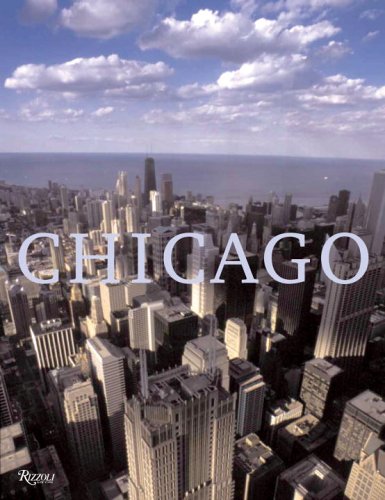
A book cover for Chicago; Travel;